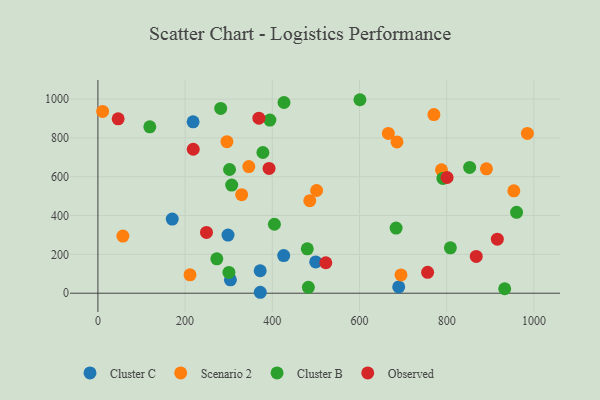
{"axis": {"x": "Experience", "y": "Fuel Efficiency"}, "legend": ["Cluster B", "Cluster C", "Observed", "Scenario 2"], "data": [{"x": "689.9", "y": 32.4, "type": "Cluster C"}, {"x": "372.4", "y": 4.8, "type": "Cluster C"}, {"x": "170.5", "y": 381.8, "type": "Cluster C"}, {"x": "303.9", "y": 68.8, "type": "Cluster C"}, {"x": "499.5", "y": 161.1, "type": "Cluster C"}, {"x": "298.4", "y": 299.4, "type": "Cluster C"}, {"x": "372.2", "y": 115.7, "type": "Cluster C"}, {"x": "218.3", "y": 882.7, "type": "Cluster C"}, {"x": "426.1", "y": 193.6, "type": "Cluster C"}, {"x": "985.0", "y": 823.0, "type": "Scenario 2"}, {"x": "10.8", "y": 936.1, "type": "Scenario 2"}, {"x": "211.2", "y": 94.6, "type": "Scenario 2"}, {"x": "891.1", "y": 640.7, "type": "Scenario 2"}, {"x": "686.0", "y": 778.9, "type": "Scenario 2"}, {"x": "770.6", "y": 920.0, "type": "Scenario 2"}, {"x": "788.0", "y": 635.5, "type": "Scenario 2"}, {"x": "666.1", "y": 822.8, "type": "Scenario 2"}, {"x": "57.3", "y": 294.4, "type": "Scenario 2"}, {"x": "485.9", "y": 476.6, "type": "Scenario 2"}, {"x": "346.1", "y": 652.1, "type": "Scenario 2"}, {"x": "501.6", "y": 528.9, "type": "Scenario 2"}, {"x": "953.9", "y": 527.1, "type": "Scenario 2"}, {"x": "295.9", "y": 780.2, "type": "Scenario 2"}, {"x": "329.7", "y": 507.3, "type": "Scenario 2"}, {"x": "695.1", "y": 94.1, "type": "Scenario 2"}, {"x": "480.2", "y": 228.6, "type": "Cluster B"}, {"x": "683.9", "y": 335.4, "type": "Cluster B"}, {"x": "404.8", "y": 355.2, "type": "Cluster B"}, {"x": "281.6", "y": 951.5, "type": "Cluster B"}, {"x": "301.9", "y": 637.2, "type": "Cluster B"}, {"x": "933.0", "y": 23.0, "type": "Cluster B"}, {"x": "808.4", "y": 233.6, "type": "Cluster B"}, {"x": "852.6", "y": 647.6, "type": "Cluster B"}, {"x": "300.5", "y": 107.0, "type": "Cluster B"}, {"x": "426.8", "y": 982.1, "type": "Cluster B"}, {"x": "306.8", "y": 557.0, "type": "Cluster B"}, {"x": "601.0", "y": 996.5, "type": "Cluster B"}, {"x": "394.4", "y": 891.7, "type": "Cluster B"}, {"x": "791.3", "y": 591.0, "type": "Cluster B"}, {"x": "272.7", "y": 176.9, "type": "Cluster B"}, {"x": "119.0", "y": 857.1, "type": "Cluster B"}, {"x": "378.4", "y": 724.7, "type": "Cluster B"}, {"x": "960.2", "y": 416.5, "type": "Cluster B"}, {"x": "482.7", "y": 30.4, "type": "Cluster B"}, {"x": "916.1", "y": 278.2, "type": "Observed"}, {"x": "249.0", "y": 313.1, "type": "Observed"}, {"x": "218.6", "y": 741.4, "type": "Observed"}, {"x": "522.7", "y": 156.9, "type": "Observed"}, {"x": "756.2", "y": 107.3, "type": "Observed"}, {"x": "867.7", "y": 189.5, "type": "Observed"}, {"x": "46.4", "y": 898.1, "type": "Observed"}, {"x": "369.2", "y": 901.3, "type": "Observed"}, {"x": "392.5", "y": 642.7, "type": "Observed"}, {"x": "800.9", "y": 596.0, "type": "Observed"}]}